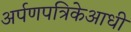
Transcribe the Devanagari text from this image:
अर्पणपत्रिकेआधी